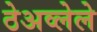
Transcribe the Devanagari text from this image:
ठेअव्लेले